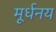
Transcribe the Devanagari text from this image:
मूर्धनय